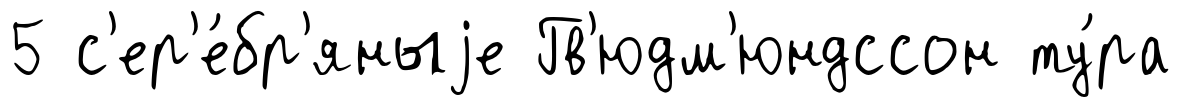
5 с'ер'е́бр'яныjе Гв'юдм'юндссон ту́ра